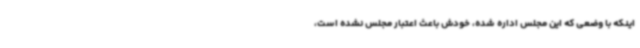
اینکه با وضعی که این مجلس اداره شده، خودش باعث اعتبار مجلس نشده است،